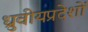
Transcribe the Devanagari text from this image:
ध्रुवीयप्रदेशों